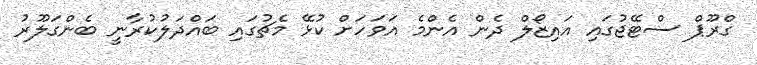
ގްރޫޕް ސްޓޭޖުގައި އައިޒޯލް ދެން އެންމެ އަވަހަށް ކުޅޭ މެޗުގައި ބައްދަލުކުރާނީ ބެންގަލޫރު